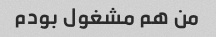
من هم مشغول بودم